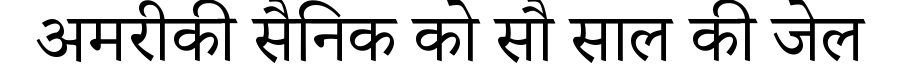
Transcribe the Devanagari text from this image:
अमरीकी सैनिक को सौ साल की जेल